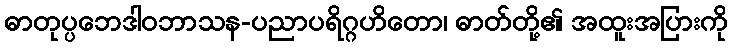
ဓာတုပ္ပဘေဒါဝဘာသန-ပညာပရိဂ္ဂဟိတော၊ ဓာတ်တို့၏ အထူးအပြားကို